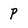
Character: p